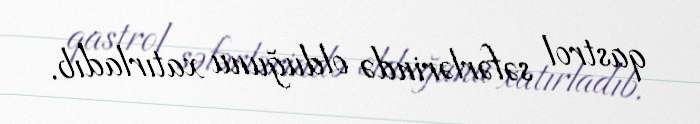
qastrol səfərlərində olduğunu xatırladıb.